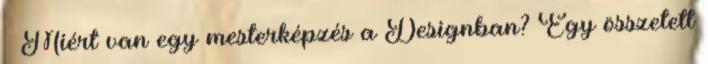
Miért van egy mesterképzés a Designban? Egy összetett